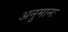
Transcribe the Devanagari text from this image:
अनुमानः